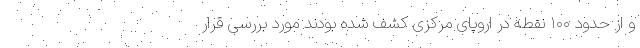
و از حدود ۱۰۰ نقطه در اروپای مرکزی کشف شده بودند مورد بررسی قرار